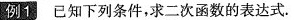
例1 已知下列条件，求二次函数的表达式.